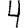
Digit: 4